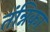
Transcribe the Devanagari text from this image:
तंन्निका